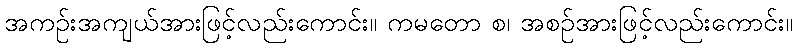
အကဉ်းအကျယ်အားဖြင့်လည်းကောင်း။ ကမတော စ၊ အစဉ်အားဖြင့်လည်းကောင်း။